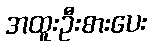
အထူးဦးစားပေး